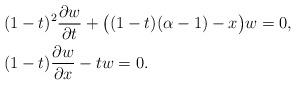
LaTeX: \begin{align*}&(1-t)^2\frac{\partial w}{\partial t} +\big( (1-t)(\alpha-1)-x\big) w = 0, \\&(1-t) \frac{\partial w}{\partial x} -t w=0.\end{align*}